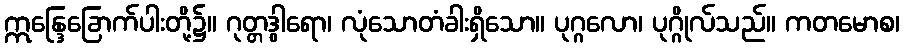
ဣန္ဒြေခြောက်ပါးတို့၌။ ဂုတ္တဒွါရော၊ လုံသောတံခါးရှိသော။ ပုဂ္ဂလော၊ ပုဂ္ဂိုလ်သည်။ ကတမောစ၊